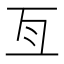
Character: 亙